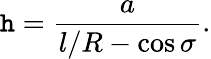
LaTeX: \mathtt{h}=\frac{{a}}{{l/R-\cos\sigma}}.